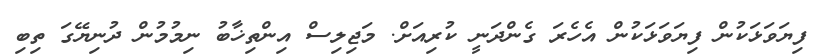
ފިޔަވަޅަކުން ފިޔަވަޅަކުން އެހެރަ ގެންދަނީ ކުރިއަށް. މަޖިލިސް އިންތިޚާބު ނިމުމުން ދުނިޔޭގަ ތިބި